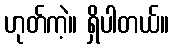
ဟုတ်ကဲ့။ ရှိပါတယ်။